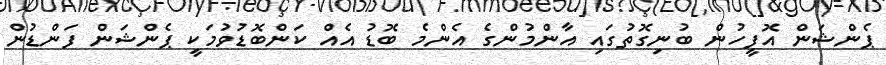
ޕެންޝަން އޮފީހުން ބުނިގޮތުގައި އާންމުންގެ އެންމެ ބޮޑު އެއް ކަންބޮޑުވުމަކީ ޕެންޝަން ފަންޑުން